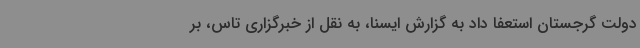
دولت گرجستان استعفا داد به گزارش ایسنا، به نقل از خبرگزاری تاس، بر